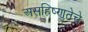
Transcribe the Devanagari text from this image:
असहिष्णुतेचे